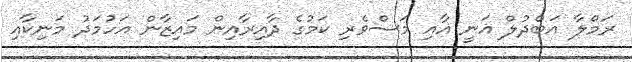
ރަމްލާ އަބްދުލް ޣަނީ އާއި މަސްވެރި ކަމުގެ ދާއިރާއިން މައިޒާން އަހުމަދު މަނިކާއި